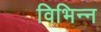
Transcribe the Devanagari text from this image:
विभिन्न